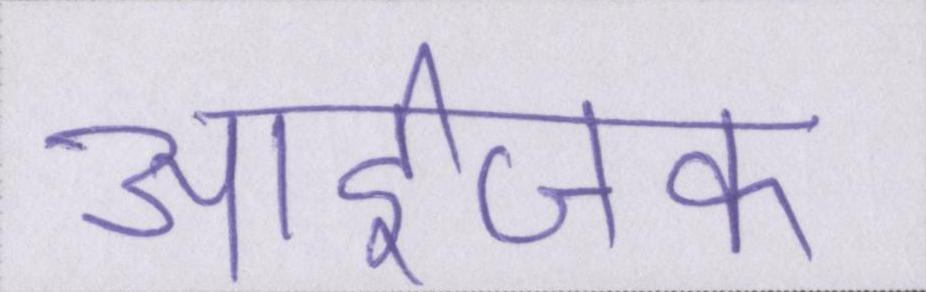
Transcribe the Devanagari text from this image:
आईजक